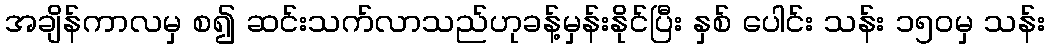
အချိန်ကာလမှ စ၍ ဆင်းသက်လာသည်ဟုခန့်မှန်းနိုင်ပြီး နှစ် ပေါင်း သန်း ၁၅၀မှ သန်း